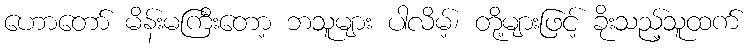
ဟောတော် မိန်းမကြီးတော့ ဘသူများ ပါလိမ့်၊ တို့များဖြင့် ခိုးသည့်သူထက်